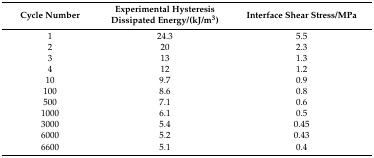
| Cycle Number | Experimental Hysteresis Dissipated Energy/(kJ/m3) | Interface Shear Stress/MPa |
 | --- | --- | --- |
 | 1 | 24.3 | 5.5 |
 | 2 | 20 | 2.3 |
 | 3 | 13 | 1.3 |
 | 4 | 12 | 1.2 |
 | 10 | 9.7 | 0.9 |
 | 100 | 8.6 | 0.8 |
 | 500 | 7.1 | 0.6 |
 | 1000 | 6.1 | 0.5 |
 | 3000 | 5.4 | 0.45 |
 | 6000 | 5.2 | 0.43 |
 | 6600 | 5.1 | 0.4 |